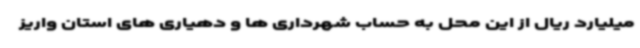
میلیارد ریال از این محل به حساب شهرداری ها و دهیاری های استان واریز